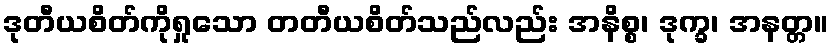
ဒုတီယစိတ်ကိုရှုသော တတီယစိတ်သည်လည်း အနိစ္စ၊ ဒုက္ခ၊ အနတ္တ။